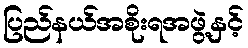
ပြည်နယ်အစိုးရအဖွဲ့နှင့်